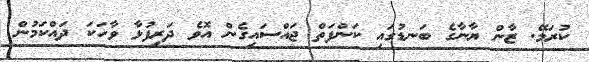
ކުރަމޭ. ޒާން ޔާނާގެ ބަނޑުގައި ކަންފަތް ޖައްސައިގެން އޮވެ ދަރިފުޅާ ވާހަކަ ދައްކަމުން